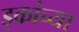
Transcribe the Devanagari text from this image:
इकांच्या